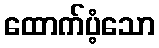
ထောက်ပံ့သော